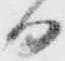
日